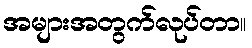
အများအတွက်လုပ်တာ။